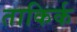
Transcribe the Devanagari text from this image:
ताकिर्क